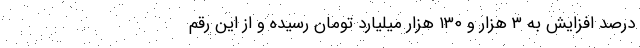
درصد افزایش به ۳ هزار و ۱۳۰ هزار میلیارد تومان رسیده و از این رقم